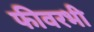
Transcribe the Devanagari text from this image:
फीवरभी